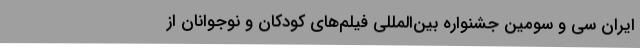
ایران سی و سومین جشنواره بین‌المللی فیلم‌های کودکان و نوجوانان از